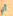
أي